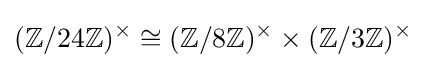
(\mathbb {Z} /24\mathbb {Z} )^{\times }\cong (\mathbb {Z} /8\mathbb {Z} )^{\times }\times (\mathbb {Z} /3\mathbb {Z} )^{\times }